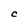
Character: C